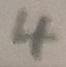
4